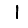
Digit: 1